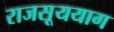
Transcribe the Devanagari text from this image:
राजसूययाग